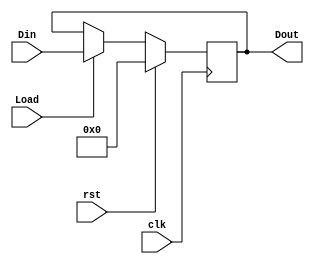
`timescale 1ns / 1ps

module IF_ID_pipeline(
input clk,
input rst,
input Load,
input [95:0] Din,
output reg [95:0] Dout
    );
    
    always @(posedge clk) 
    begin
    if (rst==1'b1)
        Dout <= 96'd0; 
    else if (Load == 1'b1)
        Dout <= Din; 
    end 
    
endmodule